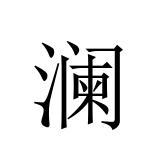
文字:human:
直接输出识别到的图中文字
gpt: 澜